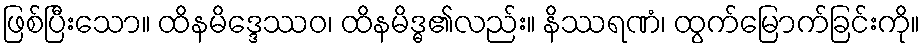
ဖြစ်ပြီးသော။ ထိနမိဒ္ဒေဿဝ၊ ထိနမိဒ္ဓ၏လည်း။ နိဿရဏံ၊ ထွက်မြောက်ခြင်းကို။